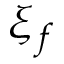
\xi _ { f }